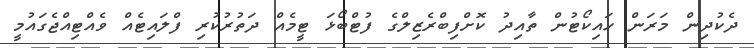
ދެކުދިން މަރަން ހައިކޯޓުން ތާއިދު ކޮށްފިބްރެޒިލްގެ ފުޓްބޯޅަ ޓީމެއް ދަތުރުކުރި ފްލައިޓެއް ވެއްޓިއްޖެގައުމީ